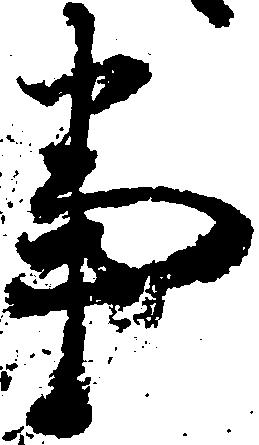
事